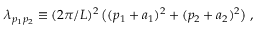
\lambda _ { p _ { 1 } p _ { 2 } } \equiv ( 2 \pi / L ) ^ { 2 } \, \big ( ( p _ { 1 } + a _ { 1 } ) ^ { 2 } + ( p _ { 2 } + a _ { 2 } ) ^ { 2 } \big ) \; ,